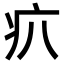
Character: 𤴭